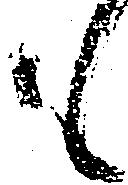
も